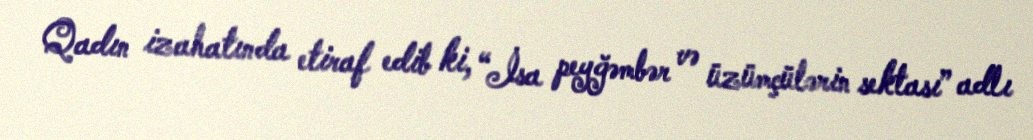
Qadın izahatında etiraf edib ki, “İsa peyğəmbər və üzümçülərin sektası” adlı